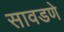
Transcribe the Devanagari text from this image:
सावडणे